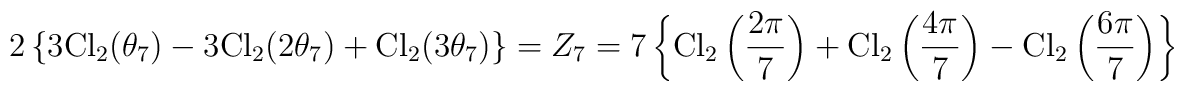
2\left\{3{\rm Cl}_2(\theta_7)-3{\rm Cl}_2(2\theta_7)+{\rm Cl}_2(3\theta_7)\right\}=Z_7=7\left\{{\rm Cl}_2\left(\frac{2\pi}{7}\right)+{\rm Cl}_2\left(\frac{4\pi}{7}\right)-{\rm Cl}_2\left(\frac{6\pi}{7}\right)\right\}